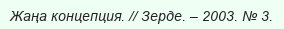
Жаңа концепция. // Зерде. – 2003. № 3.